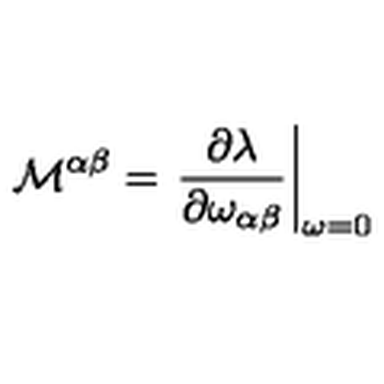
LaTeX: { \cal M } ^ { \alpha \beta } = \left. \frac { \partial \lambda } { \partial \omega _ { \alpha \beta } } \right| _ { \omega = 0 }